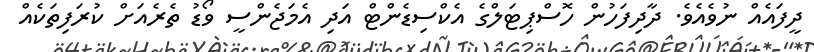
ދީފައެއް ނުވެއެވެ. ދާދިފަހުން ހޮސްޕިޓަލްގެ އެކްސިޑެންޓް އަދި އެމަޖެންސީ ވޯޑު ތެރެއަށް ކުރަފިތަކެއް